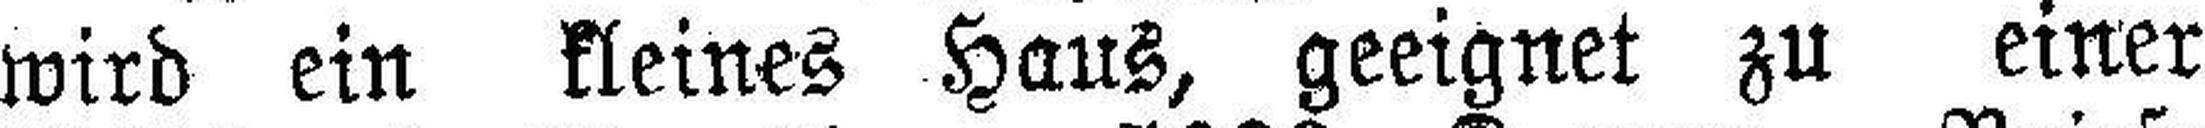
wird ein kleines Haus, geeignet zu einer